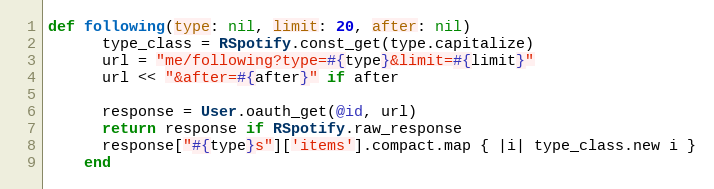
Language: Ruby
def following(type: nil, limit: 20, after: nil)
      type_class = RSpotify.const_get(type.capitalize)
      url = "me/following?type=#{type}&limit=#{limit}"
      url << "&after=#{after}" if after

      response = User.oauth_get(@id, url)
      return response if RSpotify.raw_response
      response["#{type}s"]['items'].compact.map { |i| type_class.new i }
    end